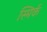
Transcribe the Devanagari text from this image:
स्मिर्क